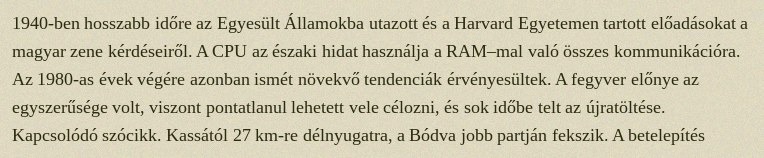
1940-ben hosszabb időre az Egyesült Államokba utazott és a Harvard Egyetemen tartott előadásokat a magyar zene kérdéseiről. A CPU az északi hidat használja a RAM–mal való összes kommunikációra. Az 1980-as évek végére azonban ismét növekvő tendenciák érvényesültek. A fegyver előnye az egyszerűsége volt, viszont pontatlanul lehetett vele célozni, és sok időbe telt az újratöltése. Kapcsolódó szócikk. Kassától 27 km-re délnyugatra, a Bódva jobb partján fekszik. A betelepítés